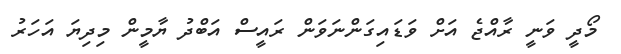
މޯދީ ވަނީ ރާއްޖެ އަށް ވަޑައިގަންނަވަން ރައީސް އަބްދު ޔާމީން މިދިޔަ އަހަރު